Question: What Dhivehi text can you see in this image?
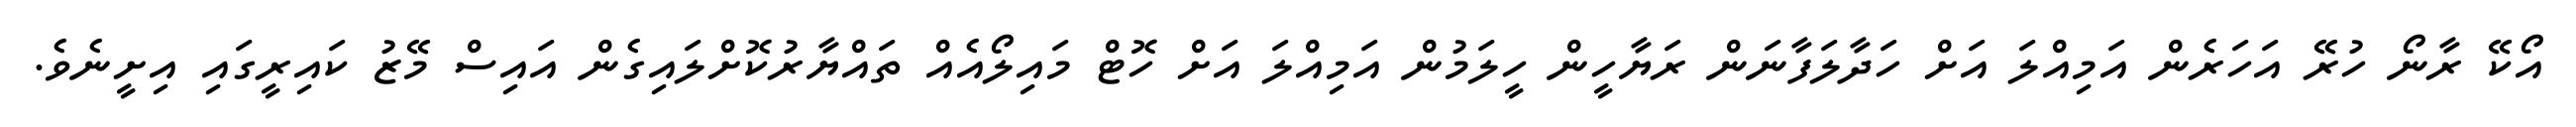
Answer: އޯކޭ ރާނޯ ހުރޭ އަހަރެން އަމިއްލަ އަށް ހަދާލަފާނަން ރަޔާހީން ހީލަމުން އަމިއްލަ އަށް ހޮޓް މައިލޯއެއް ތައްޔާރުކޮށްލައިގެން އައިސް މޭޒު ކައިރީގައި އިށީނެވެ.